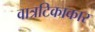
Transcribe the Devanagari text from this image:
वात्रटिकाकार